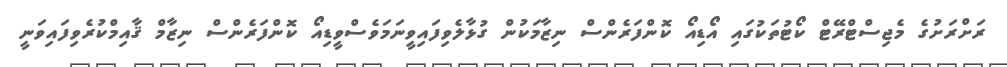
ރަށްރަށުގެ މެޖިސްޓްރޭޓް ކޯޓުތަކުގައި އޯޑިއޯ ކޮންފަރެންސް ނިޒާމަކުން ގުޅާލެވިފައިވީނަމަވެސްވީޑިއޯ ކޮންފަރެންސް ނިޒާމް ޤާއިމްކުރެވިފައިވަނީ